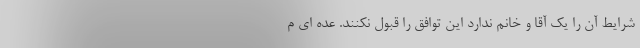
شرایط آن را یک آقا و خانم ندارد این توافق را قبول نکنند. عده ای م